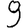
Digit: 9